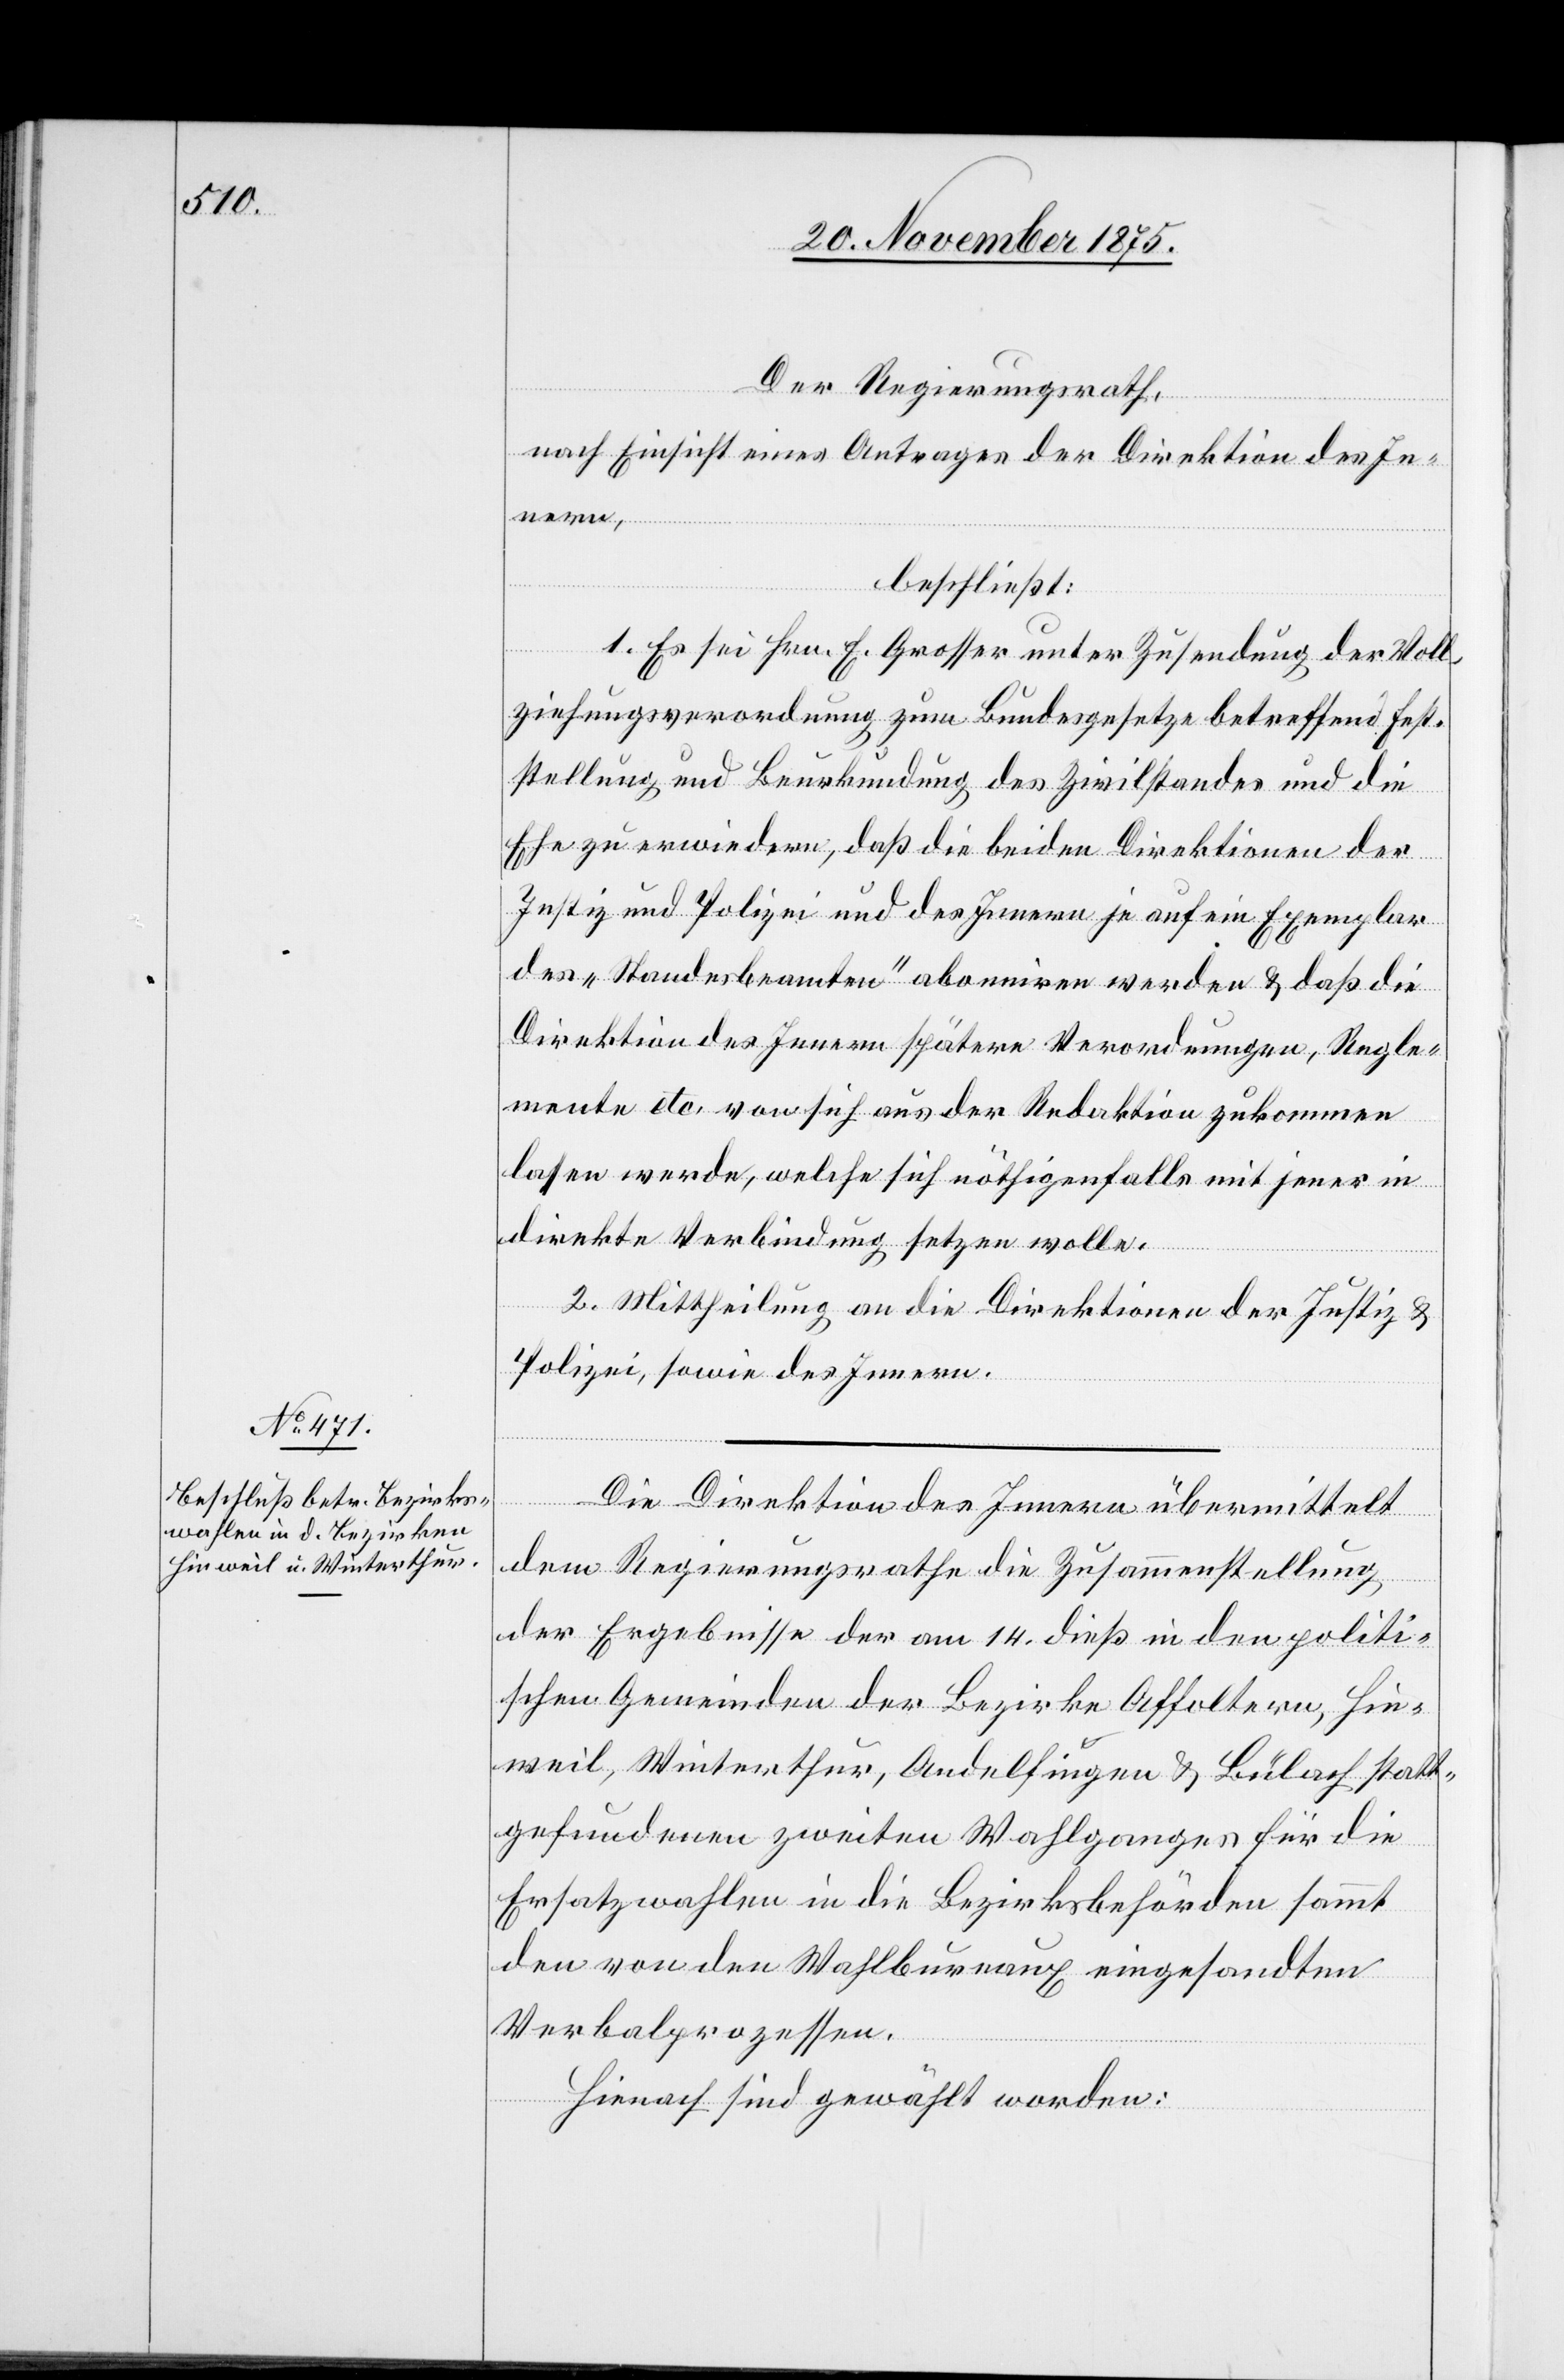
Der Regierungsrath,
nach Einsicht eines Antrages der Direktion des In¬
nern,
beschließt:
1. Es sei Hrn. E. Grosser unter Zusendung der Voll¬
ziehungsverordnung zum Bundesgesetze betreffend Fest¬
stellung und Beurkundung des Zivilstandes und die
Ehe zu erwiedern, daß die beiden Direktionen der
Justiz und Polizei und des Innern je auf ein Exemplar
des „Standesbeamten“ abonniren werden & daß die
Direktion des Innern spätere Verordnungen, Regle¬
mente etc. von sich aus der Redaktion zukommen
lassen werde, welche sich nöthigenfalls mit jener in
direkte Verbindung setzen wolle.
2. Mittheilung an die Direktionen der Justiz &
Polizei, sowie des Innern.
Die Direktion des Innern übermittelt
dem Regierungsrathe die Zusammenstellung
der Ergebnisse der am 14. dieß in den politi¬
schen Gemeinden der Bezirke Affoltern, Hin¬
weil, Winterthur, Andelfingen & Bülach statt¬
gefundenen zweiten Wahlganges für die
Ersatzwahlen in die Bezirksbehörden sammt
den von den Wahlbureaux eingesandten
Verbalprozessen.
Hienach sind gewählt worden: